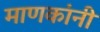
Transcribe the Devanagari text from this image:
माणकांनी